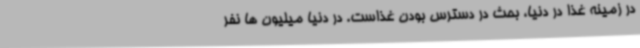
در زمینه غذا در دنیا، بحث در دسترس بودن غذاست. در دنیا میلیون ها نفر